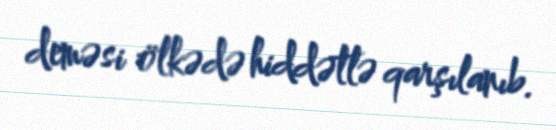
deməsi ölkədə hiddətlə qarşılanıb.